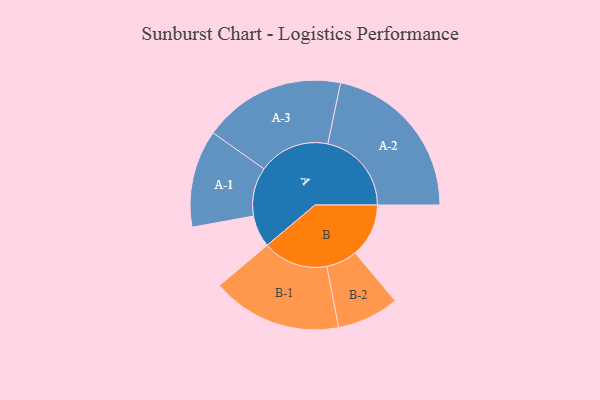
{"axis": {"x": "Segment", "y": "Value"}, "legend": ["", "A", "B"], "data": [{"x": "A", "y": 105, "type": ""}, {"x": "B", "y": 176, "type": ""}, {"x": "A-1", "y": 160, "type": "A"}, {"x": "A-2", "y": 275, "type": "A"}, {"x": "A-3", "y": 234, "type": "A"}, {"x": "B-1", "y": 214, "type": "B"}, {"x": "B-2", "y": 102, "type": "B"}]}